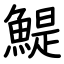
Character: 鯷